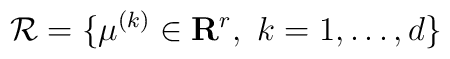
{\cal R}=\{\mu^{(k)}\in\mathbf{R}^{r},\ k=1,\ldots, d\}